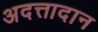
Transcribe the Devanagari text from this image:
अदत्तादान